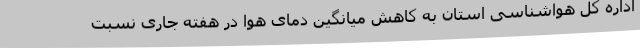
اداره کل هواشناسی استان به کاهش میانگین دمای هوا در هفته جاری نسبت